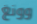
وونغ